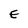
Character: E